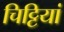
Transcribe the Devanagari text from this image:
चिट्टियां